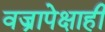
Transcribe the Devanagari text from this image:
वज्रापेक्षाही